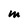
Character: m